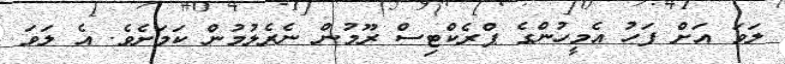
ލަވަ އަށް ފަހު އެމީހުންގެ ޕްރެކްޓިސް ރޫމުން ނެރެލުމުން ކަމަށެވެ. އެ ލަވަ